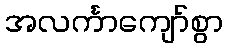
အလင်္ကာကျော်စွာ